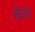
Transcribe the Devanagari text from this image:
खेजा